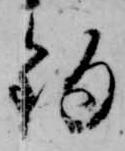
釣